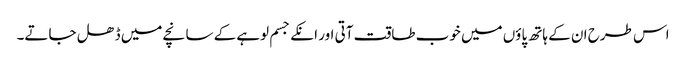
اس طرح ان کے ہاتھ پاؤں میں خوب طاقت آتی اور انکے جسم لوہے کے سانچے میں ڈھل جاتے۔